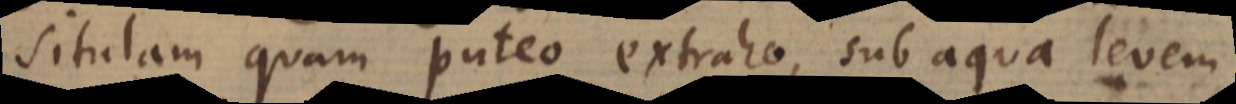
situlam quam puteo extraho, sub aqua levem